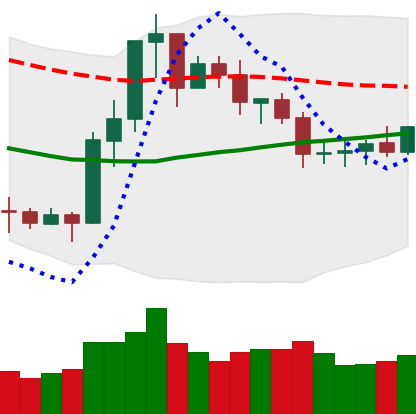
Ticker: ETC-USD
Chart end date: 2020-07-21
Forward return: 7.256%
Label: up_7plus